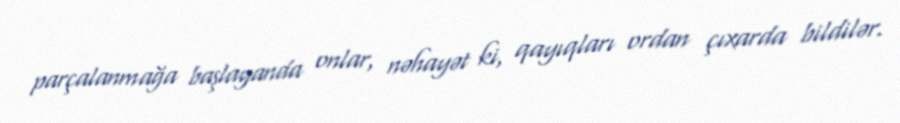
parçalanmağa başlayanda onlar, nəhayət ki, qayıqları ordan çıxarda bildilər.